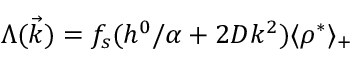
\Lambda ( \vec { k } ) = f _ { s } ( h ^ { 0 } / \alpha + 2 D k ^ { 2 } ) \langle \rho ^ { * } \rangle _ { + }